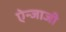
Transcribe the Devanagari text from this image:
ऐन्जाजी